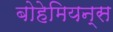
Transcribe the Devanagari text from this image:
बोहेमियन्स